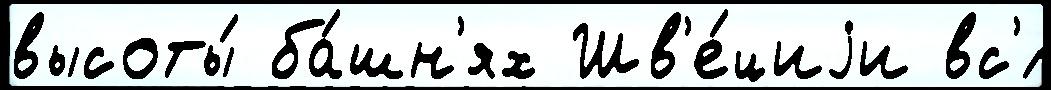
высоты́ ба́шн'ях Шв'е́циjи вс'́